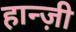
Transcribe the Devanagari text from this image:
हान्ज़ी